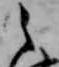
之